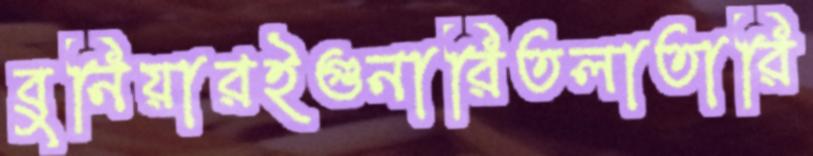
বুনিয়ারইগুনারিতলাতারি